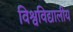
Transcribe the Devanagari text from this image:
विश्वविद्यालीय